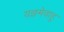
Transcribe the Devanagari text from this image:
यज्ञमेवाहु